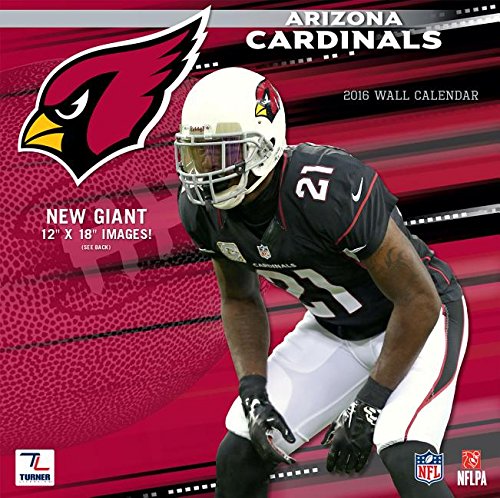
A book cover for Arizona Cardinals; Calendars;